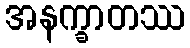
အနက္ခာတဿ